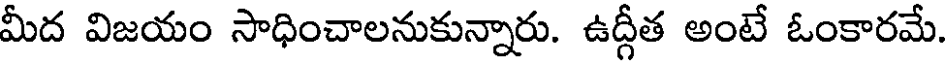
మీద విజయం సాధించాలనుకున్నారు. ఉద్గీత అంటే ఓంకారమే.